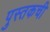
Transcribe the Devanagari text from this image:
पुस्तकची